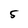
Character: 5